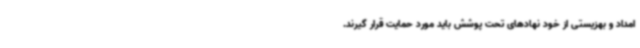
امداد و بهزیستی از خود نهادهای تحت پوشش باید مورد حمایت قرار گیرند.